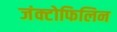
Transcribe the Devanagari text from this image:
जंक्टोफिलिन